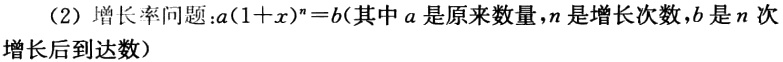
（2）增长率问题：\(a(1 + x)^n = b\)（其中\(a\)是原来数量，\(n\)是增长次数，\(b\)是\(n\)次增长后到达数）